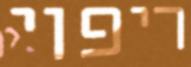
ריפוי